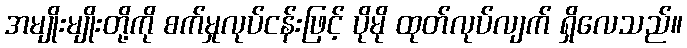
အမျိုးမျိုးတို့ကို စက်မှုလုပ်ငန်းဖြင့် ပိုမို ထုတ်လုပ်လျက် ရှိလေသည်။